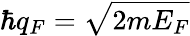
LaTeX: \hbar q_{F}=\sqrt{2mE_{F}}